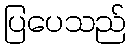
ပြပေသည်